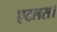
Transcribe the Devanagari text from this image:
एटलस।